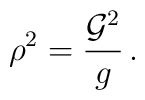
\rho^2=\frac{{\cal G}^2}{g}\,.